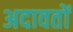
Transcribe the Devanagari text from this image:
अदावतों